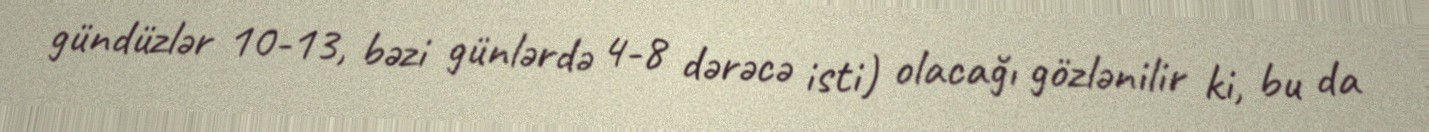
gündüzlər 10-13, bəzi günlərdə 4-8 dərəcə isti) olacağı gözlənilir ki, bu da